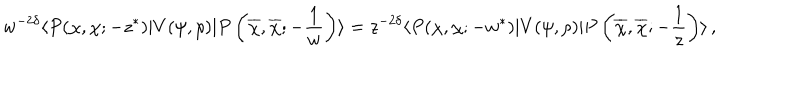
w ^ { - 2 \delta } \langle P ( \chi , \chi ; - z ^ { \ast } ) | V ( \psi , \rho ) | P \left( \overline { { \chi } } , \overline { { \chi } } ; - { \frac { 1 } { w } } \right) \rangle = z ^ { - 2 \delta } \langle P ( \chi , \chi ; - w ^ { \ast } ) | V ( \psi , \rho ) | P \left( \overline { { \chi } } , \overline { { \chi } } ; - { \frac { 1 } { z } } \right) \rangle \, ,